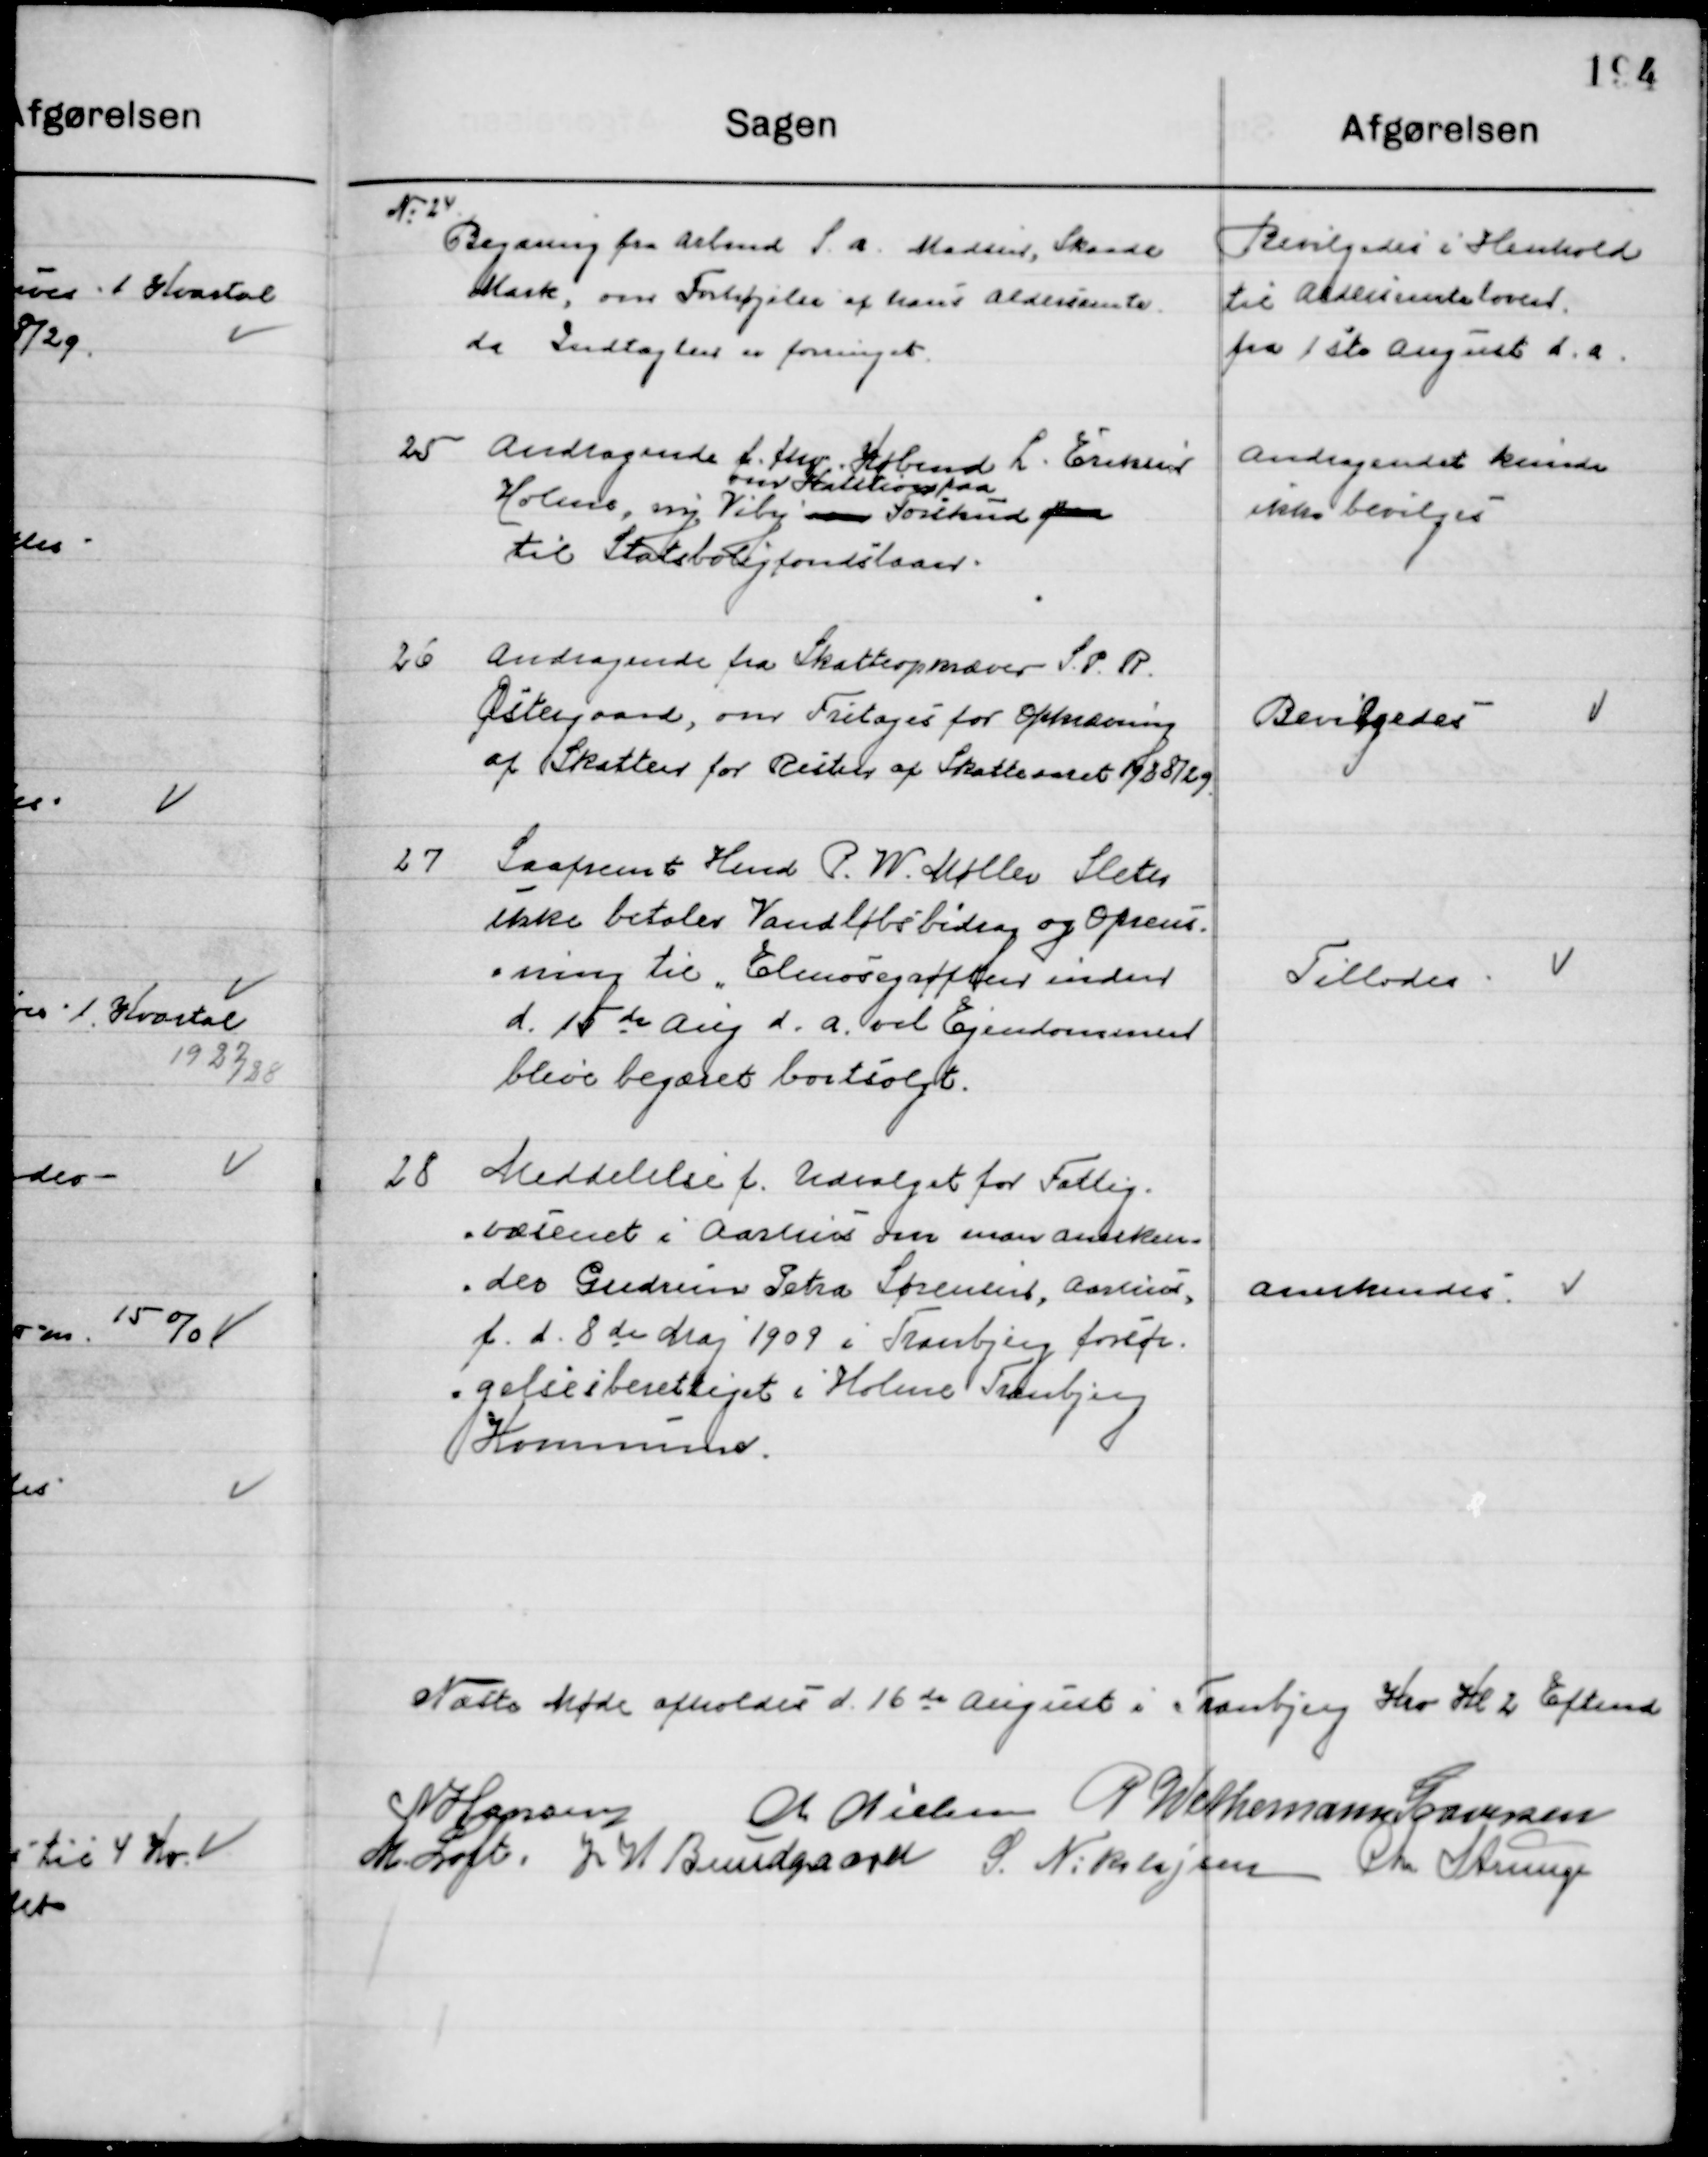
Transskription:
24

Begæring fra Arbmd. S. A. Madsen, Skaade
Bakker, om forhøjelse af hans Aldersrente
da Indtægten er forringet.

Bevilgedes i Henhold
til Aldersrentelove fra 1ste
August d. a.

25

Andragende f. fhv. Købmand  L. Eriksen
Holme, ny Viby 
over  paa
Forskud paa
Til Statsboligfondslaan.

Andragende kunde
Ikke bevilgedes

26

Andragende fra Skatteopkræver S. P. R.
Østergaard, om Fritagelse for Opkrævning
af Skatter for Resten af Skatteaaret 1928/29.

Bevilgedes

27

Saafremt Hend. P. W. Møller Sleth
Ikke betaler Vandløbsbidrag og Oprens-
ning til Ellemosegrøften inden 
d. 15de Aug. d. a. vil Ejendommen
blive begæret bortsolgt.

Tillodes

28

Meddelelse f. Udvalget for Fattig-
væsenet i Aarhus om man anerken-
der Gudrun Petra Sørensen, Aarhus
f. d. 8de Maj 1909 i Tranbjerg forsør-
gelsesberettiget i Holme Tranbjerg 
Kommune.

Anerkendes

Næste Møde afholdes d 16de August i Tranbjerg Kro Kl. 2 Eftermd.

N. Hansen
M. Nielsen
P. Wethemann Graversen
M. Loft
J. H. Bundgaard
S. Nikolajsen
Chr. Strunge